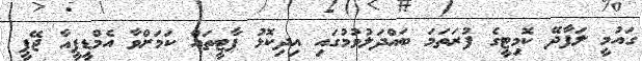
ގައުމީ ލަފާދޭ ކޮމިޓީގެ ފުރަތަމަ ބައްދަލުވުމުގައި އިދިކޮޅު ޕާޓީތައް ކަމަށްވާ އެމްޑީޕީއާ ޖޭޕީ